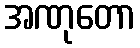
အဏုတော